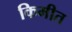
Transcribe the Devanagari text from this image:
किमीत